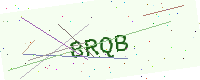
Text: 8RQB